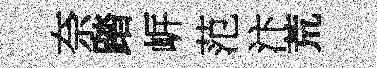
奈踏㟁范汴荒